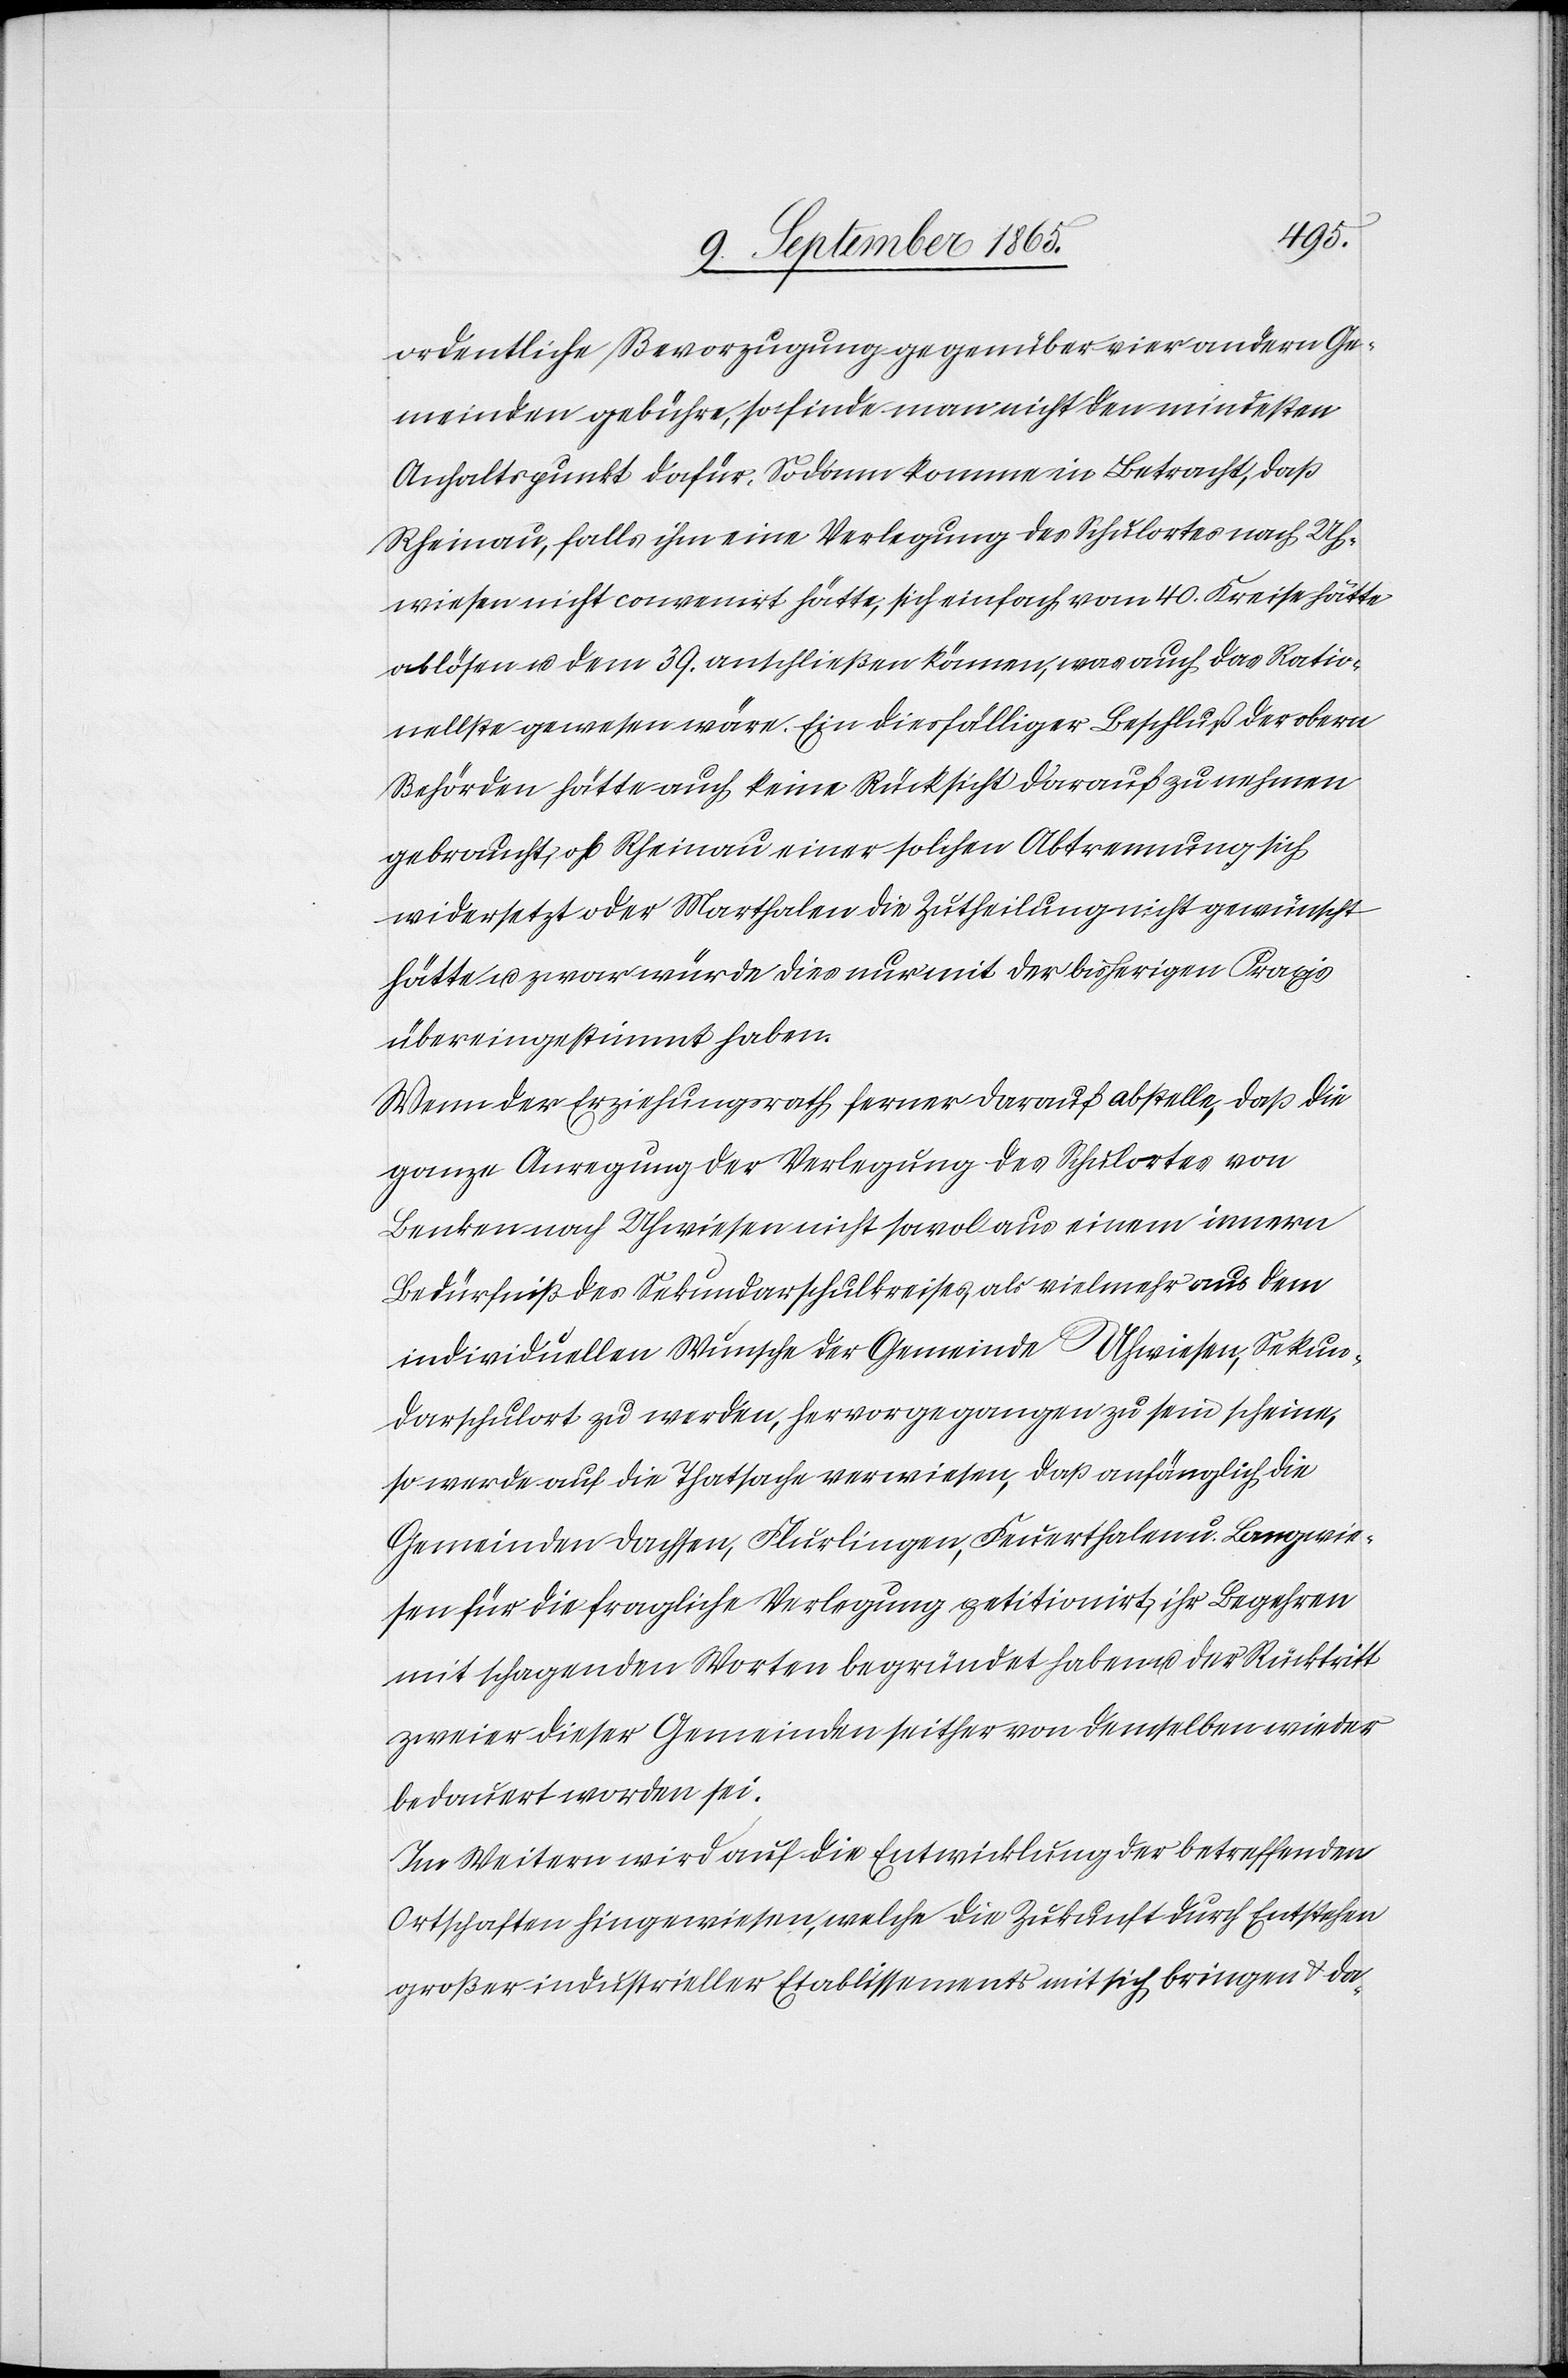
ordentliche Bevorzugung gegenüber vier andern Ge¬
meinden gebühre, so finde man nicht den mindesten
Anhaltspunkt dafür. Sodann komme in Betracht, daß
Rheinau, falls ihm eine Verlegung des Schulortes nach Uh¬
wiesen nicht convenirt hätte, sich einfach vom 40. Kreise hätte
ablösen u. dem 39. anschließen können, was auch das Ratio¬
nellste gewesen wäre. Ein diesfälliger Beschluß der obern
Behörden hätte auch keine Rücksicht darauf zu nehmen
gebraucht, ob Rheinau einer solchen Abtrennung sich
widersetzt oder Marthalen die Zutheilung nicht gewünscht
hätte u. zwar würde dies nur mit der bisherigen Praxis
übereingestimmt haben.
Wenn der Erziehungsrath ferner darauf abstelle, daß die
ganze Anregung der Verlegung des Schulortes von
Benken nach Uhwiesen nicht sowol aus einem innern
Bedürfniß des Sekundarschulkreises, als vielmehr aus dem
individuellen Wunsche der Gemeinde Uhwiesen, Sekun¬
darschulort zu werden, hervorgegangen zu sein scheine,
so werde auf die Thatsache verwiesen, daß anfänglich die
Gemeinden Dachsen, Flurlingen, Feuerthalen u. Langwie¬
sen für die fragliche Verlegung petitionirt, ihr Begehren
mit sch[l]agenden Worten begründet haben u. der Rücktritt
zweier dieser Gemeinden seither von demselben wieder
bedauert worden sei.
Im Weitern wird auf die Entwicklung der betreffenden
Ortschaften hingewiesen, welche die Zukunft durch Entstehen
großer industrieller Etablissements mit sich bringen u. da-